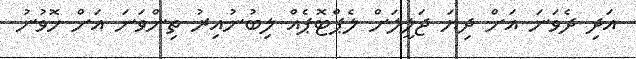
އަދި ދެވަނަ އަށް ދިޔަ ޖަލީލަށް ލެޕްޓޮޕެއް ލިބުނުއިރު ތިންވަނަ އަށް ހޮވުނު